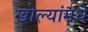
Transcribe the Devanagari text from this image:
खोल्यांमधे